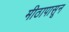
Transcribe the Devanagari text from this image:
मीठापासून